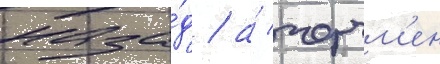
наза́д / а́ черчм'ен